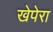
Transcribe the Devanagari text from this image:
खेपेरा